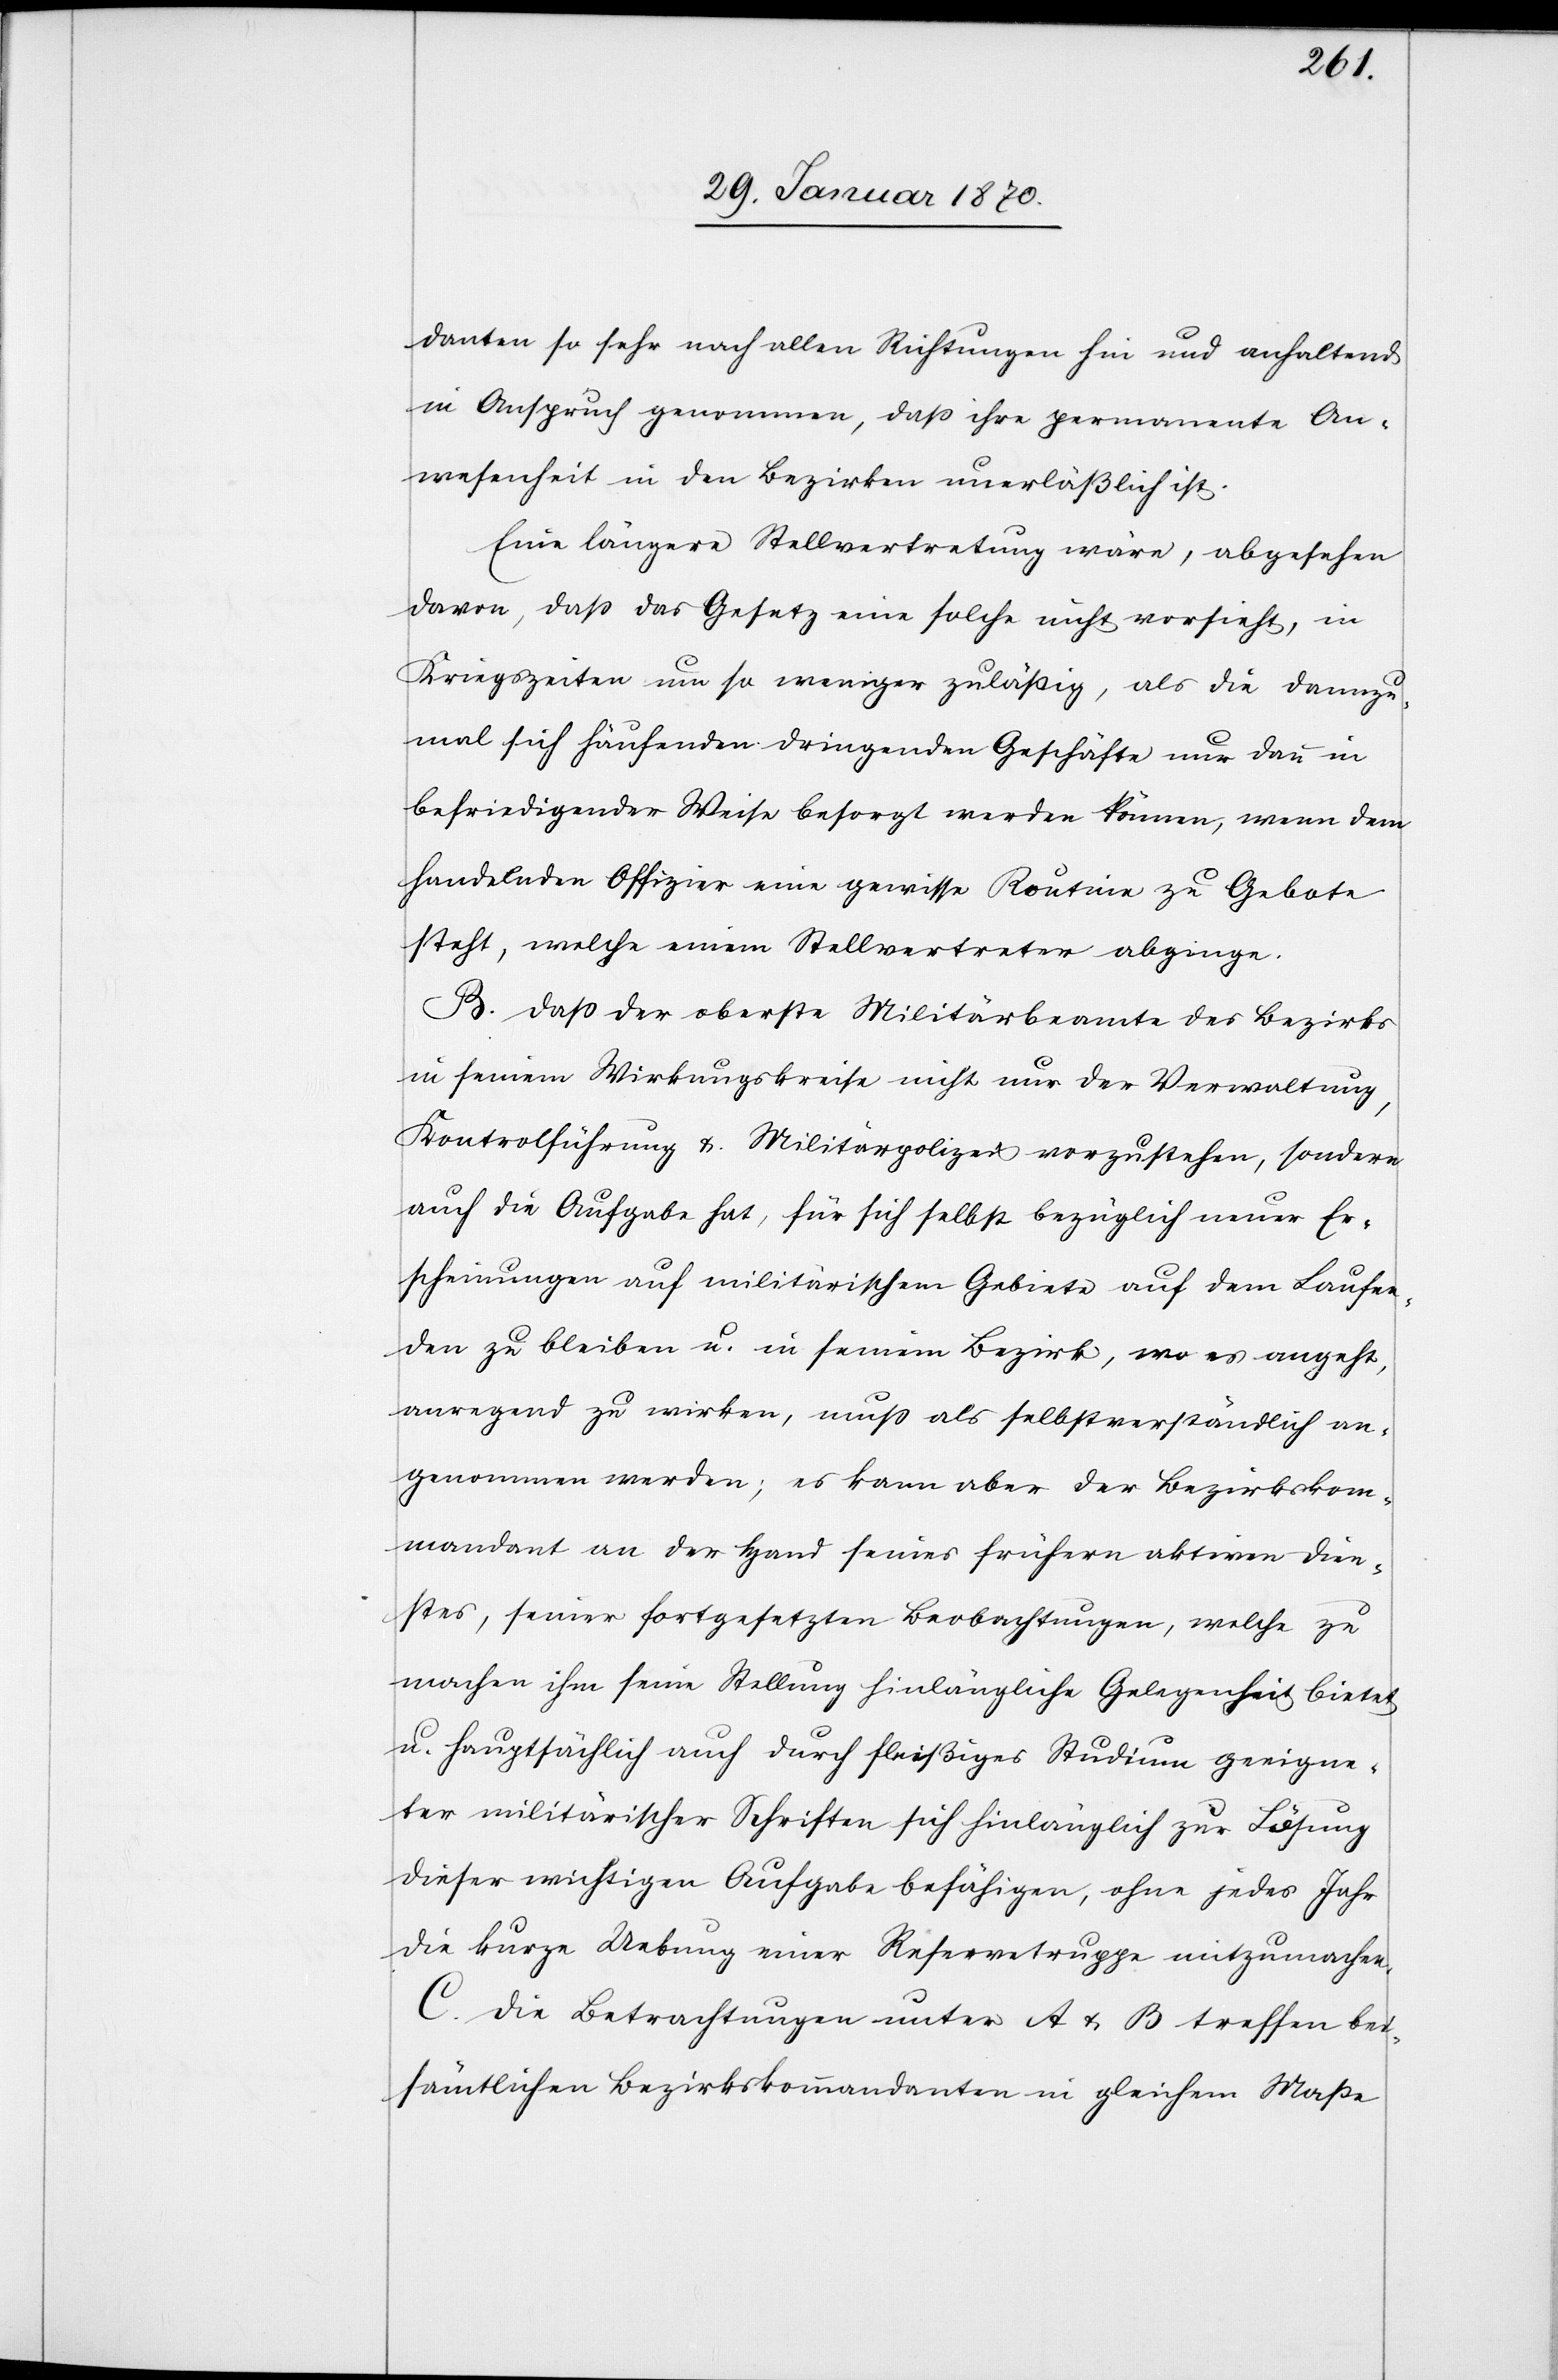
danten so sehr nach allen Richtungen hin und anhaltend
in Anspruch genommen, dass ihre permanente An¬
wesenheit in den Bezirken unerläßlich ist.
Eine längere Stellvertretung wäre, abgesehen
davon, dass das Gesetz eine solche nicht vorsieht, in
Kriegszeiten um so weniger zulässig, als die dannzu¬
mal sich häufenden dringenden Geschäfte nur dann in
befriedigender Weise besorgt werden können, wenn dem
handelnden Offizier eine gewisse Routine zu Gebote
steht, welche einem Stellvertreter abginge.
B. Dass der oberste Militärbeamte des Bezirks
in seinem Wirkungskreise nicht nur der Verwaltung,
Kontrolführung &. Militärpolizei vorzustehen, sondern
auch die Aufgabe hat, für sich selbst bezüglich neuer Er¬
scheinungen auf militärischem Gebiete auf dem Laufen¬
den zu bleiben u. in seinem Bezirk, wo es angeht,
anregend zu wirken, muss als selbstverständlich an¬
genommen werden; es kann aber der Bezirkskom¬
mandant an der Hand seines frühern aktiven Dien¬
stes, seiner fortgesetzten Beobachtungen, welche zu
machen ihm seine Stellung hinlängliche Gelegenheit bietet
u. hauptsächlich auch durch fleißiges Studium geeigne¬
ter militärischer Schriften sich hinlänglich zur Lösung
dieser wichtigen Aufgabe befähigen, ohne jedes Jahr
die kurze Uebung einer Reservetruppe mitzumachen.
C. Die Betrachtungen unter A & B treffen bei
sämtlichen Bezirkskommandanten in gleichem Maße